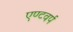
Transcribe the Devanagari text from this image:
एण्टवर्प